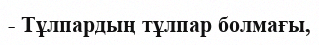
- Тұлпардың тұлпар болмағы,